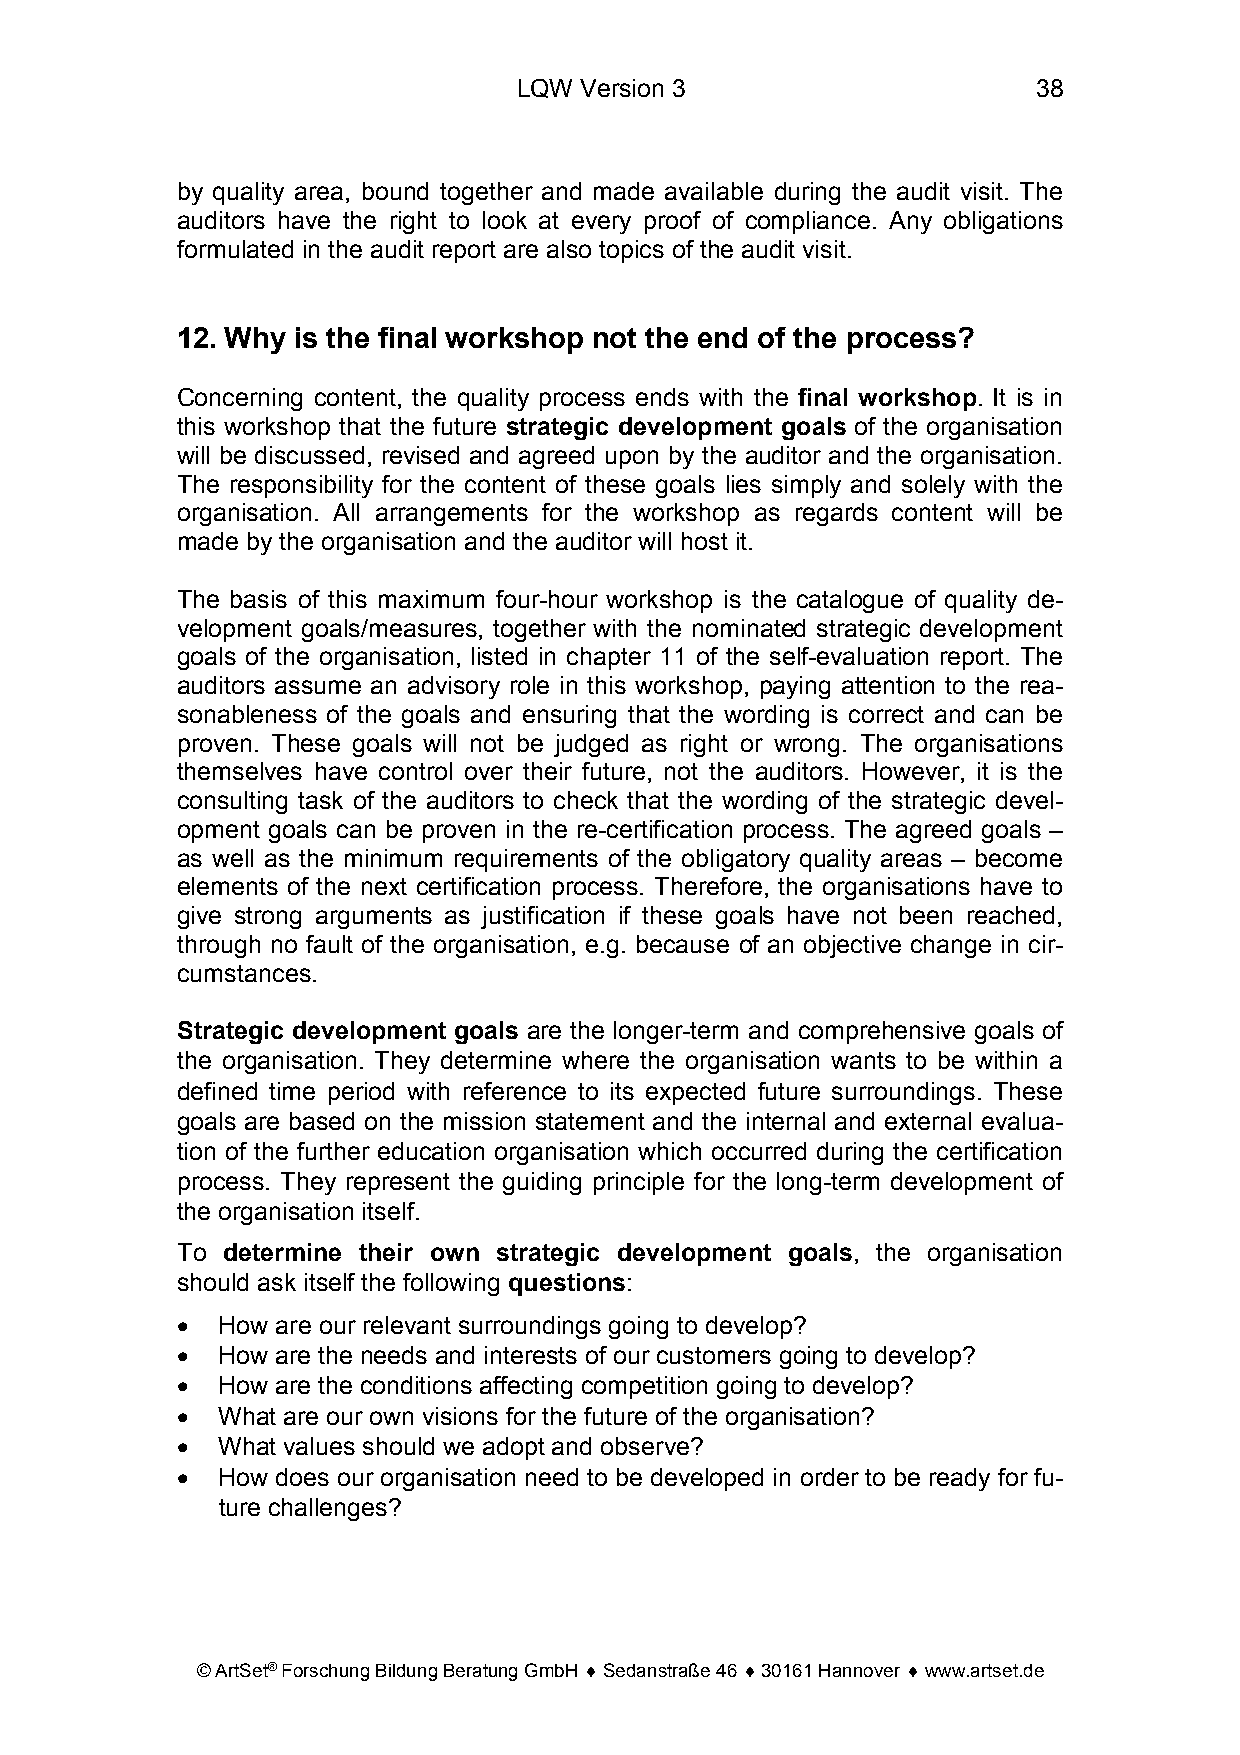
LQW Version 3                      38
 by quality area, bound together and made available during the audit visit. The
 auditors have the right to look at every proof of compliance. Any obligations
 formulated in the audit report are also topics of the audit visit.
 12. Why is the final workshop not the end of the process?
 Concerning content, the quality process ends with the final workshop. It is in
 this workshop that the future strategic development goals of the organisation
 will be discussed, revised and agreed upon by the auditor and the organisation.
 The responsibility for the content of these goals lies simply and solely with the
 organisation. All arrangements for the workshop as regards content will be
 made by the organisation and the auditor will host it.
 The basis of this maximum four-hour workshop is the catalogue of quality de-
 velopment goals/measures, together with the nominated strategic development
 goals of the organisation, listed in chapter 11 of the self-evaluation report. The
 auditors assume an advisory role in this workshop, paying attention to the rea-
 sonableness of the goals and ensuring that the wording is correct and can be
 proven. These goals will not be judged as right or wrong. The organisations
 themselves have control over their future, not the auditors. However, it is the
 consulting task of the auditors to check that the wording of the strategic devel-
 opment goals can be proven in the re-certification process. The agreed goals –
 as well as the minimum requirements of the obligatory quality areas – become
 elements of the next certification process. Therefore, the organisations have to
 give strong arguments as justification if these goals have not been reached,
 through no fault of the organisation, e.g. because of an objective change in cir-
 cumstances.
 Strategic development goals are the longer-term and comprehensive goals of
 the organisation. They determine where the organisation wants to be within a
 defined time period with reference to its expected future surroundings. These
 goals are based on the mission statement and the internal and external evalua-
 tion of the further education organisation which occurred during the certification
 process. They represent the guiding principle for the long-term development of
 the organisation itself.
 To determine their own strategic development goals, the organisation
 should ask itself the following questions:
 • How are our relevant surroundings going to develop?
 • How are the needs and interests of our customers going to develop?
 • How are the conditions affecting competition going to develop?
 • What are our own visions for the future of the organisation?
 • What values should we adopt and observe?
 • How does our organisation need to be developed in order to be ready for fu-
 ture challenges?
 © ArtSet® Forschung Bildung Beratung GmbH ♦ Sedanstraße 46 ♦ 30161 Hannover ♦ www.artset.de